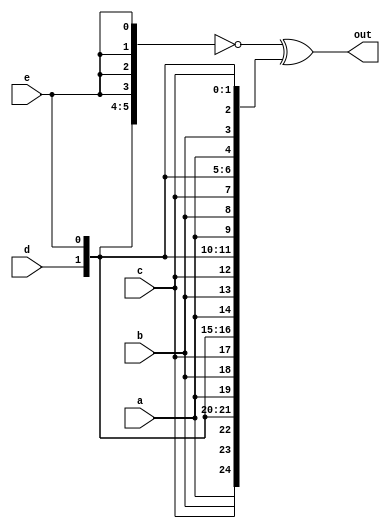
/* Given five 1-bit signals (a, b, c, d, and e), 
    compute all 25 pairwise one-bit comparisons in the 25-bit output vector. 
    The output should be 1 if the two bits being compared are equal.
    The top vector is a concatenation of 5 repeats of each input
    The bottom vector is 5 repeats of a concatenation of the 5 inputs */

module top_module (
	input a, b, c, d, e,
	output [24:0] out
);

    wire [24:0] up, down;
	assign up    = { {5{a}}, {5{b}}, {5{c}}, {5{d}}, {5{e}} };
	assign down = {5{a,b,c,d,e}};
	assign out = ~up ^ down;	

	
endmodule